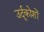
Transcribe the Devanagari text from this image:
उर्दूकोशों